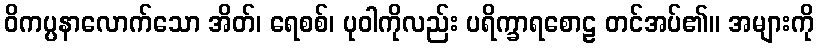
ဝိကပ္ပနာလောက်သော အိတ်၊ ရေစစ်၊ ပုဝါကိုလည်း ပရိက္ခာရစောဠ တင်အပ်၏။ အများကို